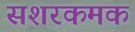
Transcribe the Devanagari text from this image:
सशरकमक